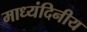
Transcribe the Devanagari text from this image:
माध्यंदिनीय